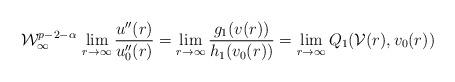
LaTeX: \begin{align*} \mathcal W_\infty^{p-2-\alpha} \,\lim_{r\to \infty} \frac{u''(r)}{u_0''(r)} =\lim_{r\to \infty} \frac{g_1(v(r))}{h_1(v_0(r))} =\lim_{r\to \infty} Q_1(\mathcal V(r), v_0(r))\end{align*}